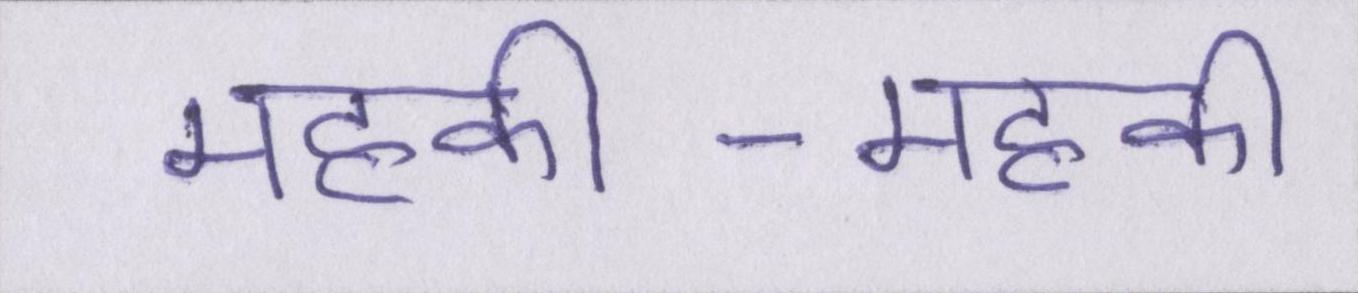
महकी-महकी